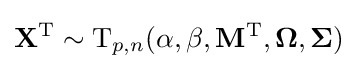
\mathbf {X} ^{\rm {T}}\sim {\rm {T}}_{p,n}(\alpha ,\beta ,\mathbf {M} ^{\rm {T}},{\boldsymbol {\Omega }},{\boldsymbol {\Sigma }})